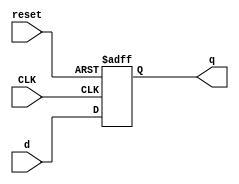
`timescale 1ns / 1ps
//////////////////////////////////////////////////////////////////////////////////
// Company: 
// Engineer: 
// 
// Design Name: 
// Module Name:    FlipFlop_r 
// Project Name: 
// Target Devices: 
// Tool versions: 
// Description: 
//
// Dependencies: 
//
// Revision: 
// Revision 0.01 - File Created
// Additional Comments: 
//
//////////////////////////////////////////////////////////////////////////////////
module FlipFlop_r#(parameter WIDTH = 8)
	(input CLK,
    input reset,
    input [WIDTH-1:0] d,
    output reg [WIDTH-1:0] q
    );
	 
	 initial begin
		q = -4;
	 end
	 
	 always @(posedge CLK, posedge reset)
		begin
			if(reset)
				q <= 0;
			else
				q <= d;
		end


endmodule